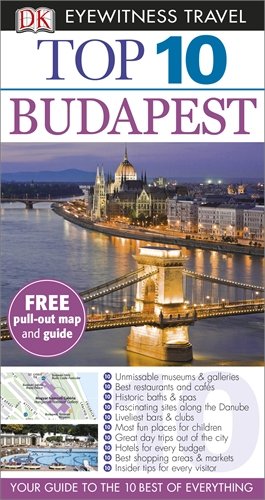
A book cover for Budapest (DK Eyewitness Top 10 Travel Guide); DK; Travel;